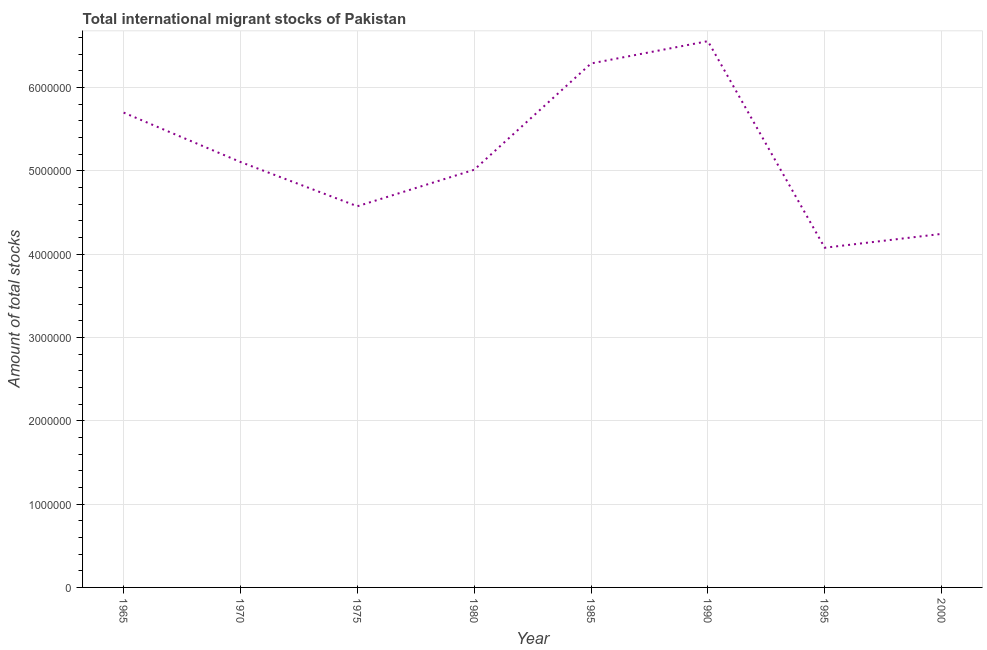
| Year | International migrant stock |
 | --- | --- |
 | 1965 | 5.7e+06 |
 | 1970 | 5.11e+06 |
 | 1975 | 4.57e+06 |
 | 1980 | 5.01e+06 |
 | 1985 | 6.29e+06 |
 | 1990 | 6.56e+06 |
 | 1995 | 4.08e+06 |
 | 2000 | 4.24e+06 |